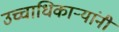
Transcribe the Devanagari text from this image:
उच्चाधिकाऱ्यांनी